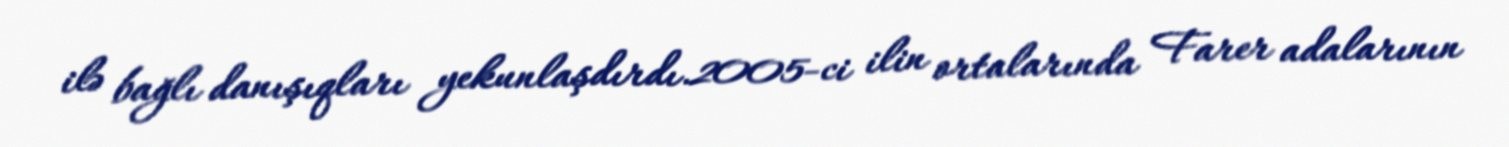
ilə bağlı danışıqları yekunlaşdırdı.2005-ci ilin ortalarında Farer adalarının